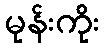
မုန်းကိုး